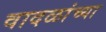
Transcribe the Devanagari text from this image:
वादळांच्या